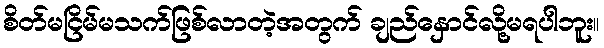
စိတ်မငြိမ်မသက်ဖြစ်လာတဲ့အတွက် ချည်နှောင်လို့မရပါဘူး။